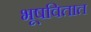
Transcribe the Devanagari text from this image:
भूषवितात